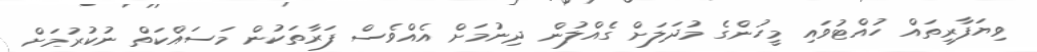
ވިޔަފާރިތައް ހުއްޓުވައި މީހުންގެ މުދަލަށް ގެއްލުން ދިނުމަށް އެއްވެސް ފަރާތަކުން މަސައްކަތް ނުކުރުމަށް